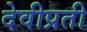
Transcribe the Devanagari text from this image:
देवीप्रती